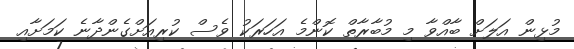
މުޅިން އަލަށް ބާއްވާ މި މުބާރާތް ކޮންމެ އަހަރަކު ވެސް ކުރިއަށްގެންދާނެ ކަމަށާއި